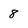
Character: 8